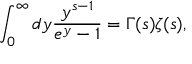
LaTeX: \int _ { 0 } ^ { \infty } d y { \frac { y ^ { s - 1 } } { e ^ { y } - 1 } } = \Gamma ( s ) \zeta ( s ) ,